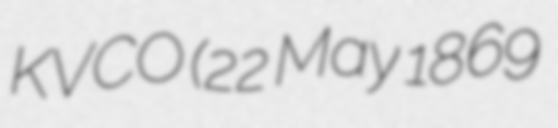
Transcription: KVCO (22 May 1869